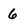
Character: 6